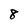
Character: 8